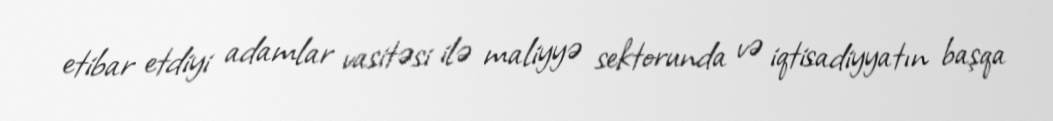
etibar etdiyi adamlar vasitəsi ilə maliyyə sektorunda və iqtisadiyyatın başqa